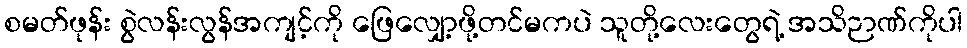
စမတ်ဖုန်း စွဲလန်းလွန်အကျင့်ကို ဖြေလျှော့ဖို့တင်မကပဲ သူတို့လေးတွေရဲ့ အသိဉာဏ်ကိုပါ